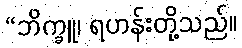
“ဘိက္ခူ၊ ရဟန်းတို့သည်။